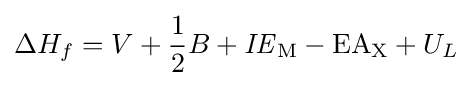
\Delta H_{f}=V+{\frac {1}{2}}B+{\mathit {IE}}_{{\ce {M}}}-{\ce {EA}}_{{\ce {X}}}+U_{L}